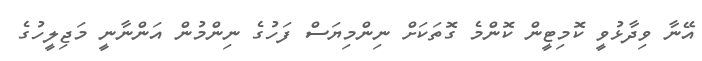
އޭނާ ވިދާޅުވީ ކޮމިޓީން ކޮންމެ ގޮތަކަށް ނިންމިޔަސް ފަހުގެ ނިންމުން އަންނާނީ މަޖިލީހުގެ